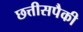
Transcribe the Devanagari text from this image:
छत्तीसपैकी